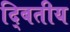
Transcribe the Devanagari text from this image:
द्बितीय